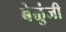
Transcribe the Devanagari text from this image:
बेळुंजी